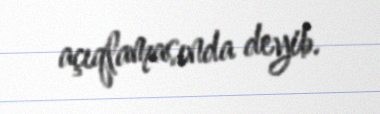
açıqlamasında deyib.